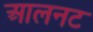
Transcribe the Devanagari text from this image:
आलनट